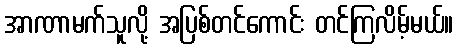
အာဏာမက်သူလို့ အပြစ်တင်ကောင်း တင်ကြလိမ့်မယ်။